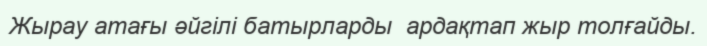
Жырау атағы әйгілі батырларды  ардақтап жыр толғайды.